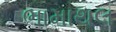
ભામાથલ